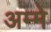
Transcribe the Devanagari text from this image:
अम्मे